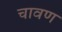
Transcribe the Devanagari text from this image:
चावण